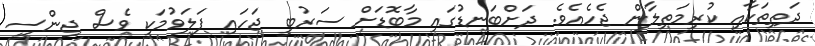
ދަތިތަކާއި ކުރިމަތިލާން ޖެހެއެވެ. ދަށްބަނޑުގައި މާބޮޑަށް ސަރުބީ ޖަހައި ފަލަވުމަކީ ވެސް ޖިންސީ